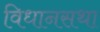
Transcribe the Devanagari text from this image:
विधानसथा